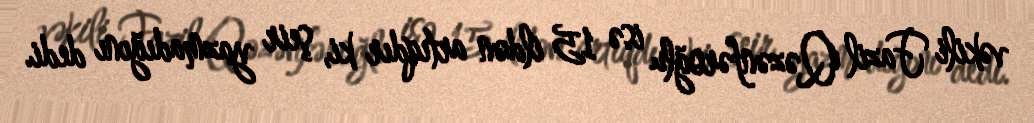
vəkili Fazil Qəzənfəroğlu isə 15 ildən artıqdır ki, şeir yazmadığını dedi.